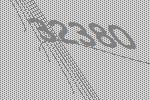
32380